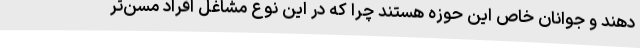
دهند و جوانان خاص این حوزه هستند چرا که در این نوع مشاغل افراد مسن‌تر